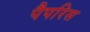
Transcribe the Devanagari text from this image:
पैपरिस